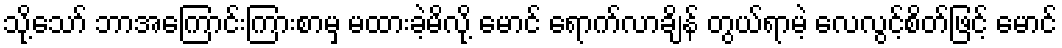
သို့သော် ဘာအကြောင်းကြားစာမှ မထားခဲ့မိလို့ မောင် ရောက်လာချိန် တွယ်ရာမဲ့ လေလွင့်စိတ်ဖြင့် မောင်